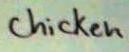
chicken